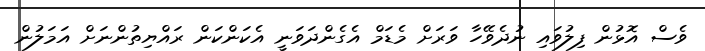
ވެސް އޮޅުން ފިލުވައި ނުދެވޭހާ ވަރަށް މެޑަމް އެގެންދަވަނީ އެކަންކަން ރައްޔިތުންނަށް އަމަލުން